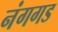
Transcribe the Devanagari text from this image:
नंगगड